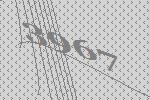
3967